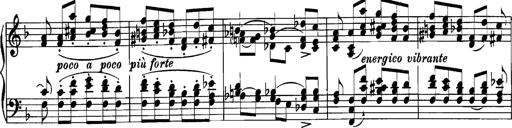
Title: Grandes Etudes
Composer: Franz Liszt